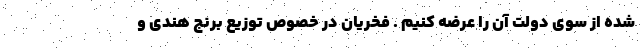
شده از سوي دولت آن را عرضه كنيم . فخريان در خصوص توزيع برنج هندي و